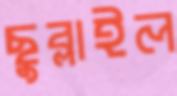
ছুব্‌লাইল